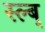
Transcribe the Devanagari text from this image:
स्ल्ब्